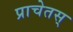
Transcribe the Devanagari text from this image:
प्राचेतस्